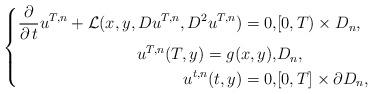
LaTeX: \begin{align*}\left\{ \begin{aligned} \frac{\partial}{\partial \,t}u^{T,n} + \mathcal{L}(x, y,Du^{T,n},D^{2}u^{T,n}) = 0, & [0,T)\times D_{n},\\ u^{T,n}(T,y) = g(x,y), & D_{n},\\ u^{t,n} (t,y) = 0, & [0,T]\times \partial D_{n}, \end{aligned}\right.\end{align*}